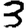
Digit: 3